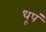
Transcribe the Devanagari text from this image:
धूपं